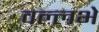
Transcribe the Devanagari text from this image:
वल्लभे